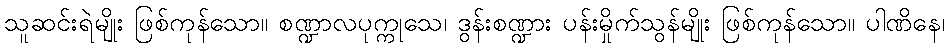
သူဆင်းရဲမျိုး ဖြစ်ကုန်သော။ စဏ္ဍာလပုက္ကုသေ၊ ဒွန်းစဏ္ဍား ပန်းမှိုက်သွန်မျိုး ဖြစ်ကုန်သော။ ပါဏိနေ၊